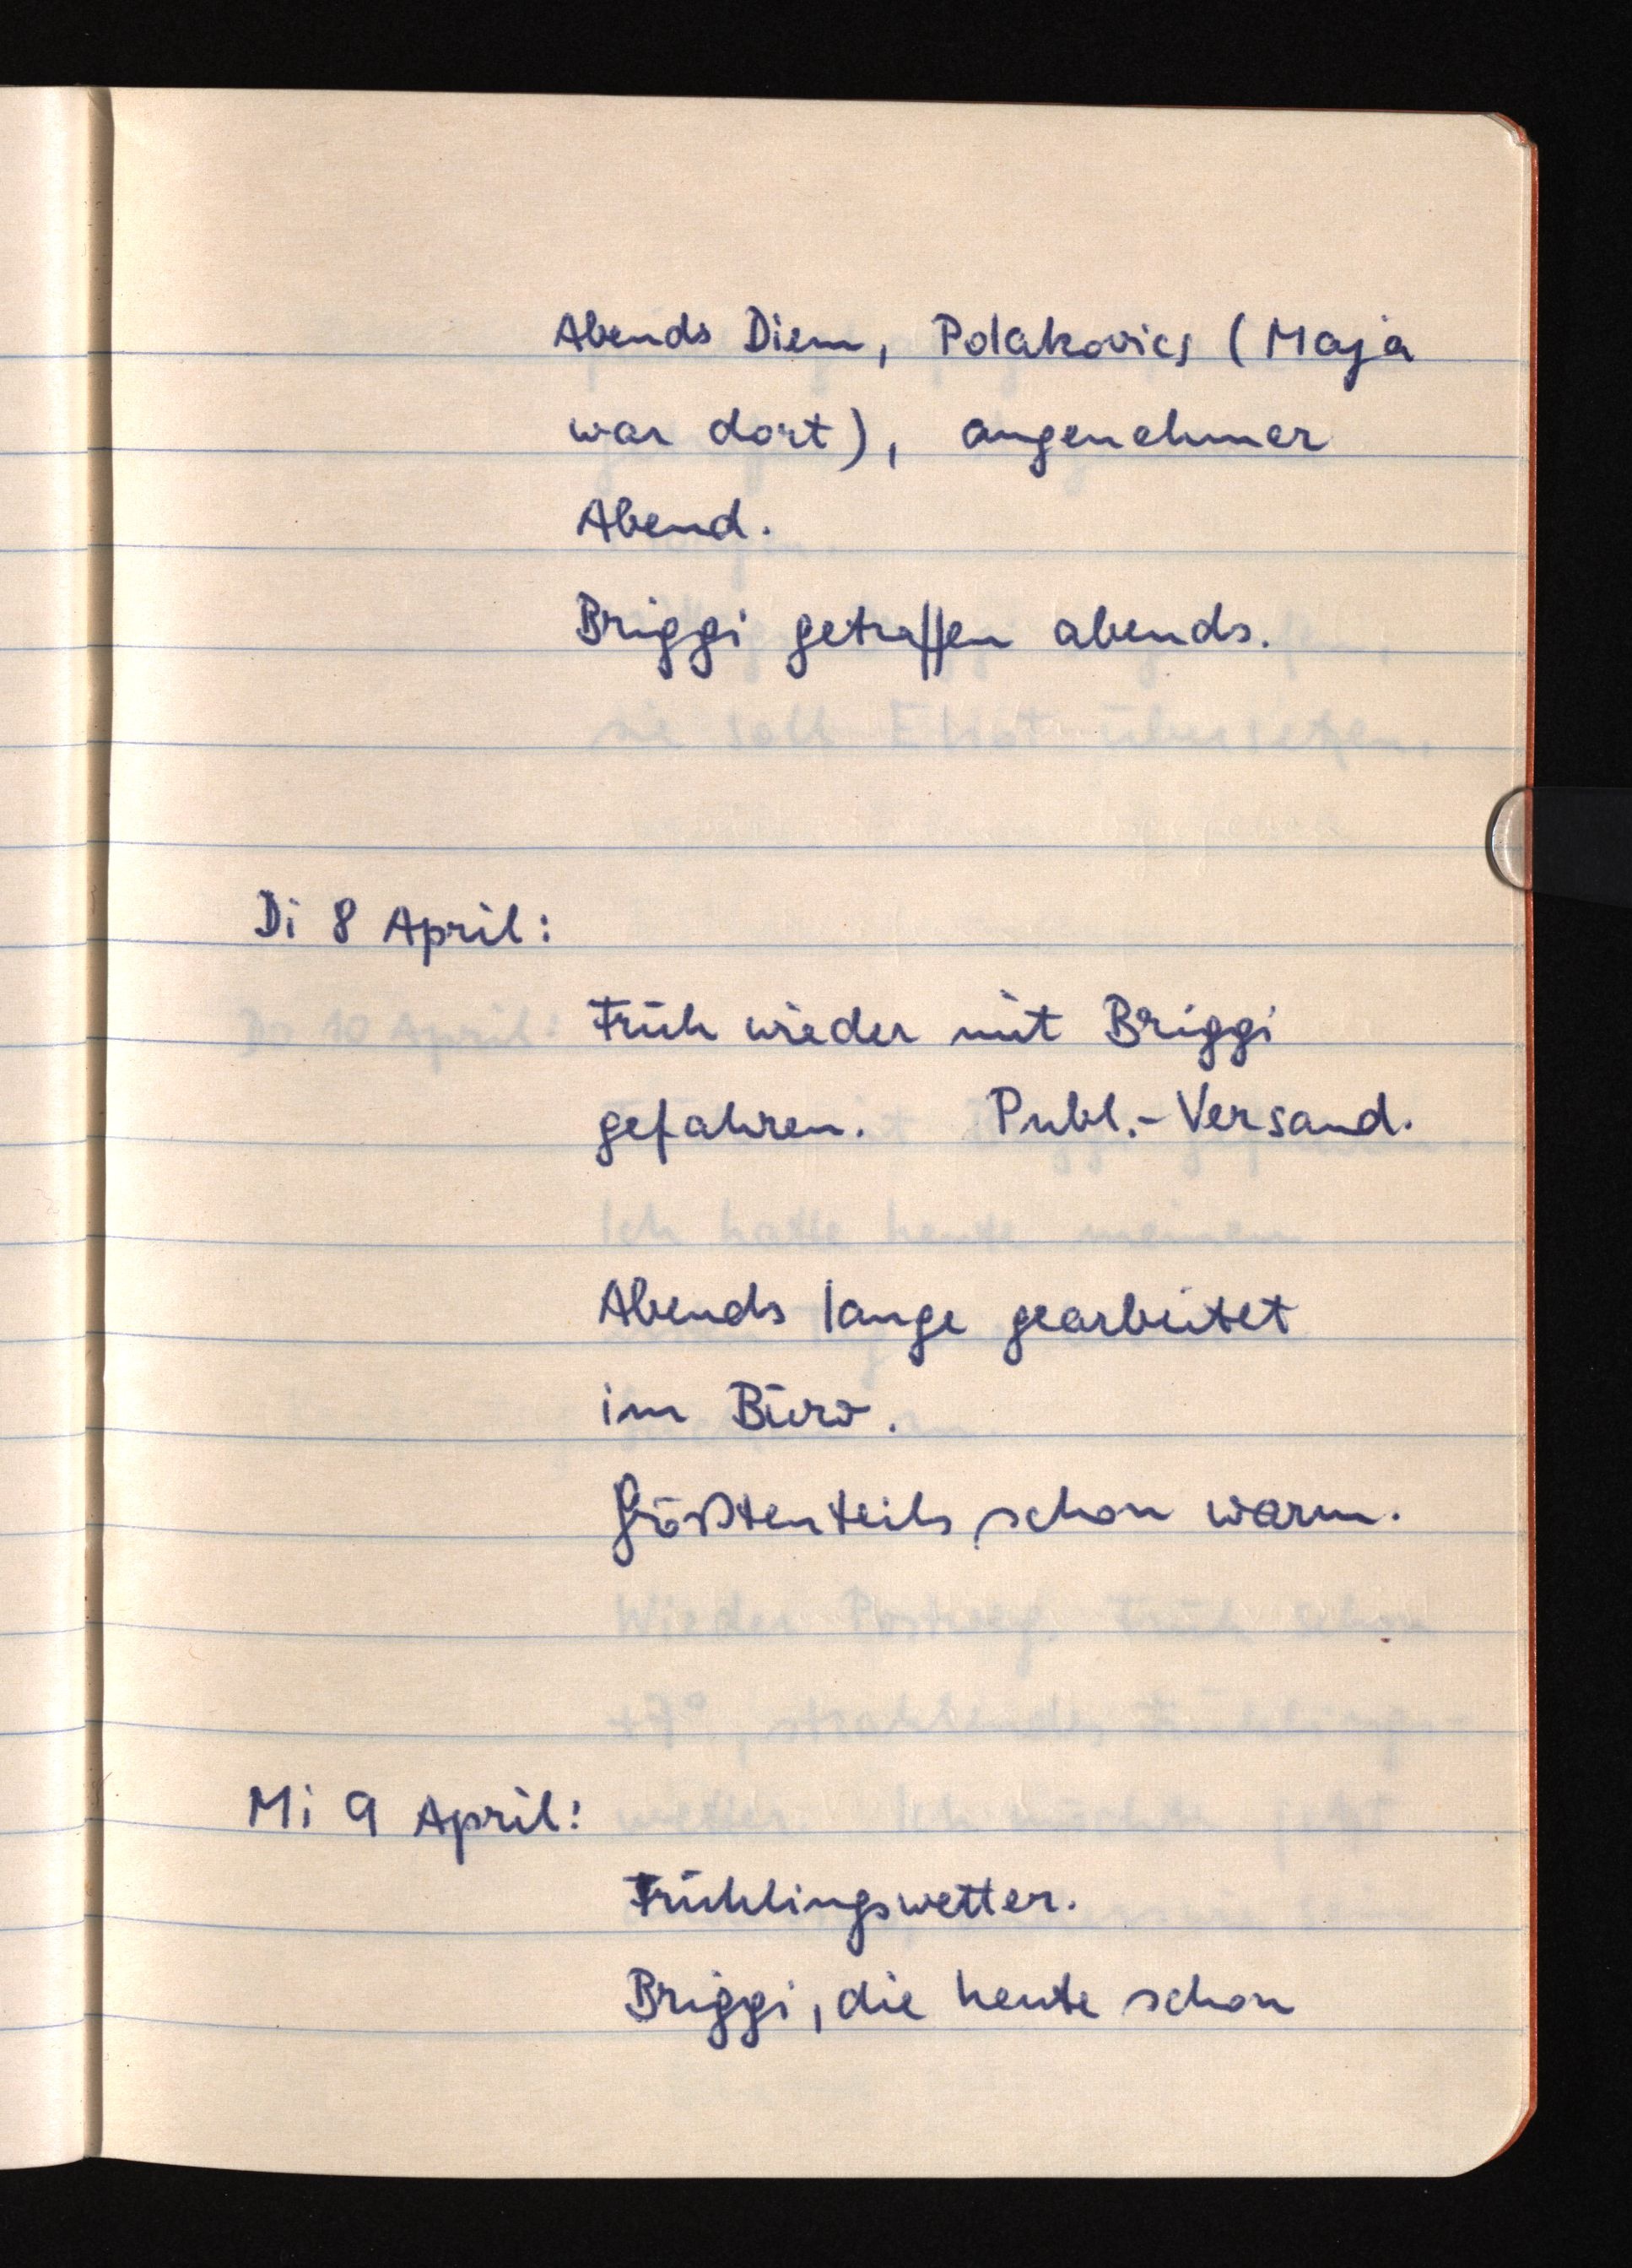
Abends Diem, Polakovics (Maja
war dort), angenehmer
Abend.
Briggi getroffen abends.
Di 8 April:
Früh wieder mit Briggi
gefahren.Publ.-Versand.
Abends lange gearbeitet
im Büro.
Größtenteils schon warm.
Mi 9 April:
Frühlingswetter.
Briggi, die heute schon